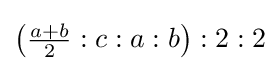
\left({\tfrac {a+b}{2}}:c:a:b\right):2:2